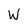
Character: W